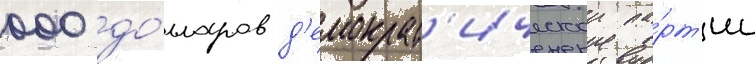
000 до́лларов д'емократ'ическои па́рт'ии